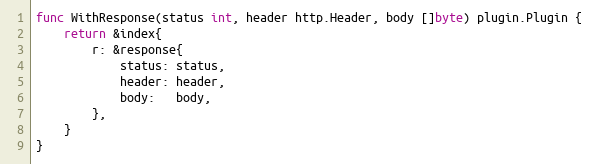
Language: Go
func WithResponse(status int, header http.Header, body []byte) plugin.Plugin {
	return &index{
		r: &response{
			status: status,
			header: header,
			body:   body,
		},
	}
}